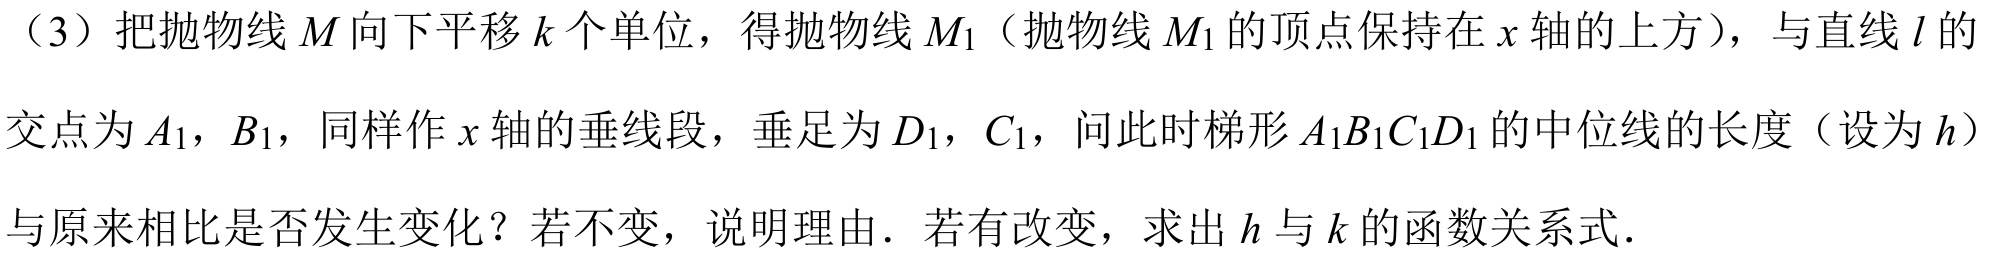
（3）把抛物线\(M\)向下平移\(k\)个单位，得抛物线\(M_{1}\)（抛物线\(M_{1}\)的顶点保持在\(x\)轴的上方），与直线\(l\)的
交点为\(A_{1}\)，\(B_{1}\)，同样作\(x\)轴的垂线段，垂足为\(D_{1}\)，\(C_{1}\)，问此时梯形\(A_{1}B_{1}C_{1}D_{1}\)的中位线的长度（设为\(h\)）
与原来相比是否发生变化？若不变，说明理由．若有改变，求出\(h\)与\(k\)的函数关系式．